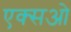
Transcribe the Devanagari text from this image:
एक्सओ